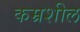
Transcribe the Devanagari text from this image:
कम्रशील